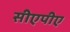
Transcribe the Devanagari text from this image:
सीएपीए